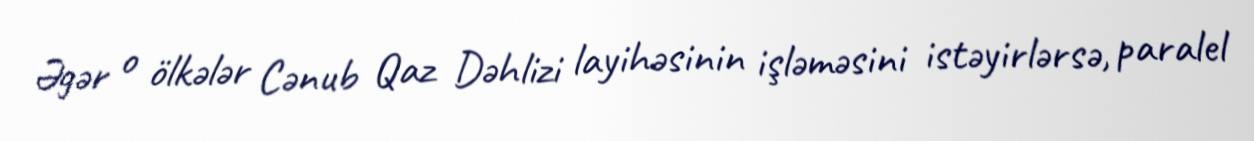
Əgər o ölkələr Cənub Qaz Dəhlizi layihəsinin işləməsini istəyirlərsə, paralel